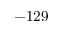
- 1 2 9